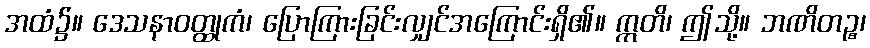
အထံ၌။ ဒေသနာဝတ္ထုကံ၊ ပြောကြားခြင်းလျှင်အကြောင်းရှိ၏။ ဣတိ၊ ဤသို့။ ဘဏိတဉ္စ၊